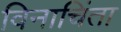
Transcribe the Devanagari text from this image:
विनाचिंता